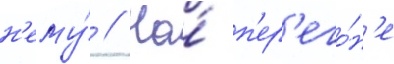
н'ему́ // На́ п'ер'его́н'е